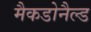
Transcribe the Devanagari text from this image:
मैकडोनैल्ड